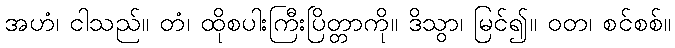
အဟံ၊ ငါသည်။ တံ၊ ထိုစပါးကြီးပြိတ္တာကို။ ဒိသွာ၊ မြင်၍။ ဝတ၊ စင်စစ်။